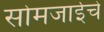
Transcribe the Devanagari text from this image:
सोमजाईचे